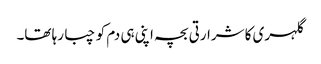
گلہری کا شرارتی بچہ اپنی ہی دم کو چبا رہا تھا۔